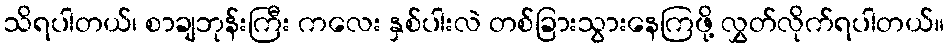
သိရပါတယ်၊ စာချဘုန်းကြီး ကလေး နှစ်ပါးလဲ တစ်ခြားသွားနေကြဖို့ လွှတ်လိုက်ရပါတယ်။